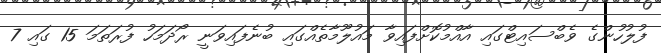
ފުލުހުންގެ ވެބްސައިޓްގައި އާއްމުކޮށްފައިވާ މައުލޫމާތެއްގައި ބުނެފައިވަނީ ރޯދަމަހު ފުރަތަމަ 15 ގައި 7